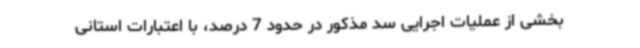
بخشی از عملیات اجرایی سد مذکور در حدود 7 درصد، با اعتبارات استانی